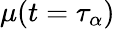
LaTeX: \mu(t=\tau_{\alpha})